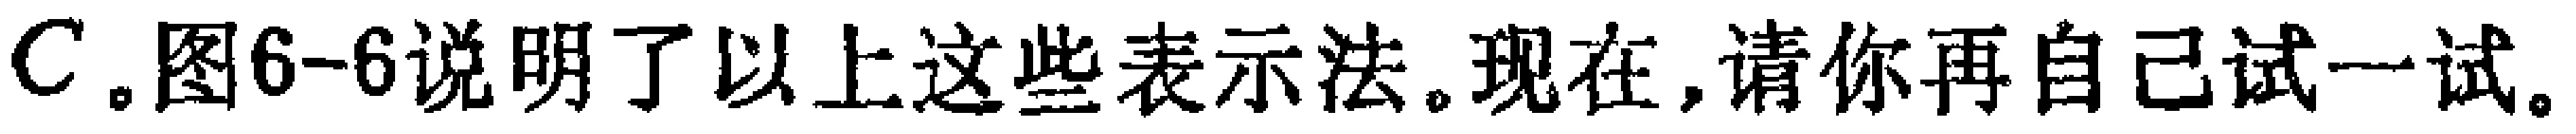
C.图6-6说明了以上这些表示法。现在，请你再自己试一试。